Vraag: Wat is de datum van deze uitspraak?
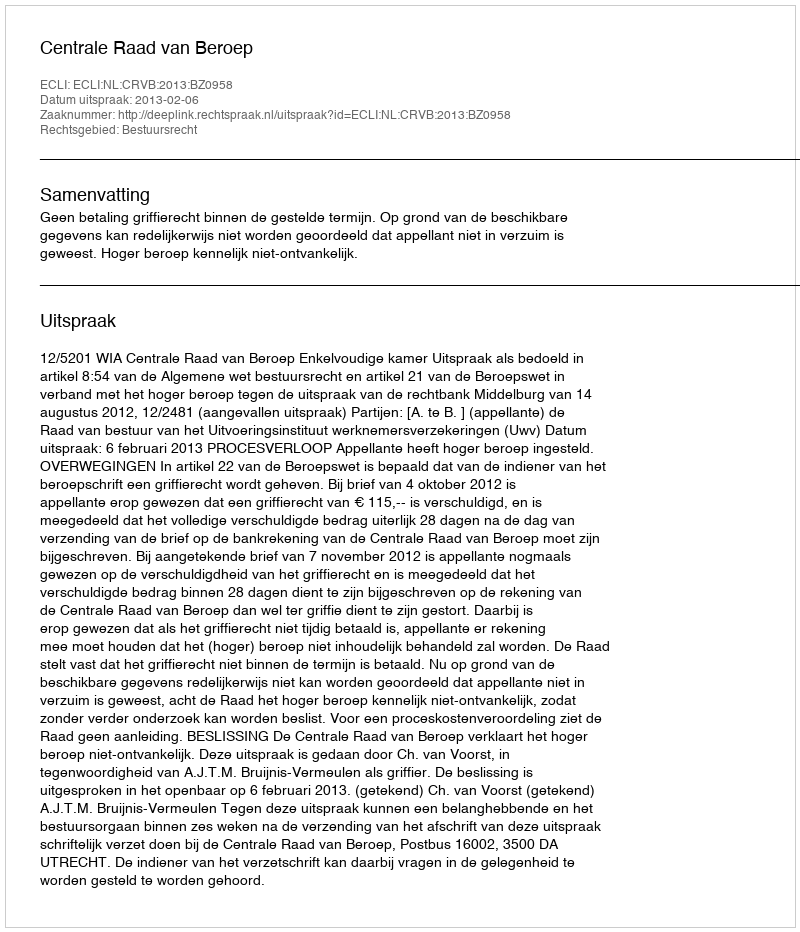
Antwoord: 2013-02-06